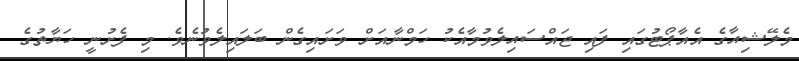
މެލޭޝިއާގެ އެއާޕޯޓުގައި ފައި ޖައްސައިލެވުމާއެކު ހަމްނާއަށް ވަށައިގެން ބަލައިލެވުނެވެ. މި ފެށުނީ ހަޔާތުގެ